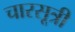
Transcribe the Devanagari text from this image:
चारसूत्री